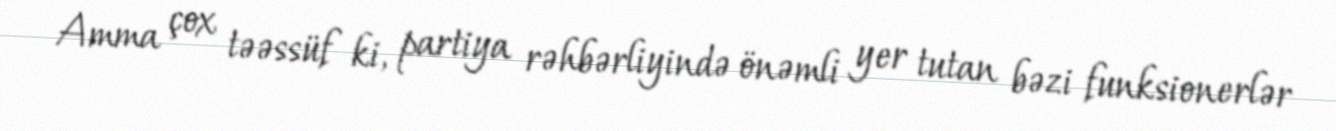
Amma çox təəssüf ki, partiya rəhbərliyində önəmli yer tutan bəzi funksionerlər